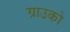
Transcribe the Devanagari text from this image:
ग्राउको